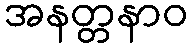
အနတ္တနာဝ